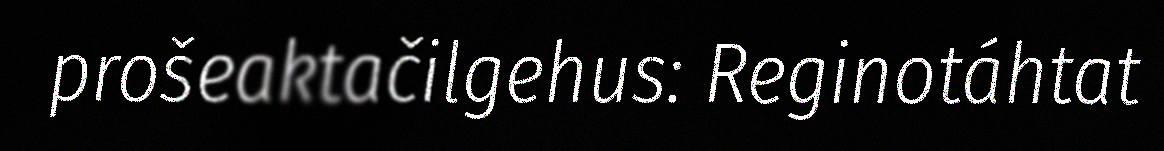
prošeaktačilgehus: Reginotáhtat